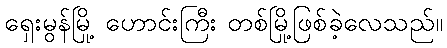
ရှေးမွန်မြို့ ဟောင်းကြီး တစ်မြို့ဖြစ်ခဲ့လေသည်။